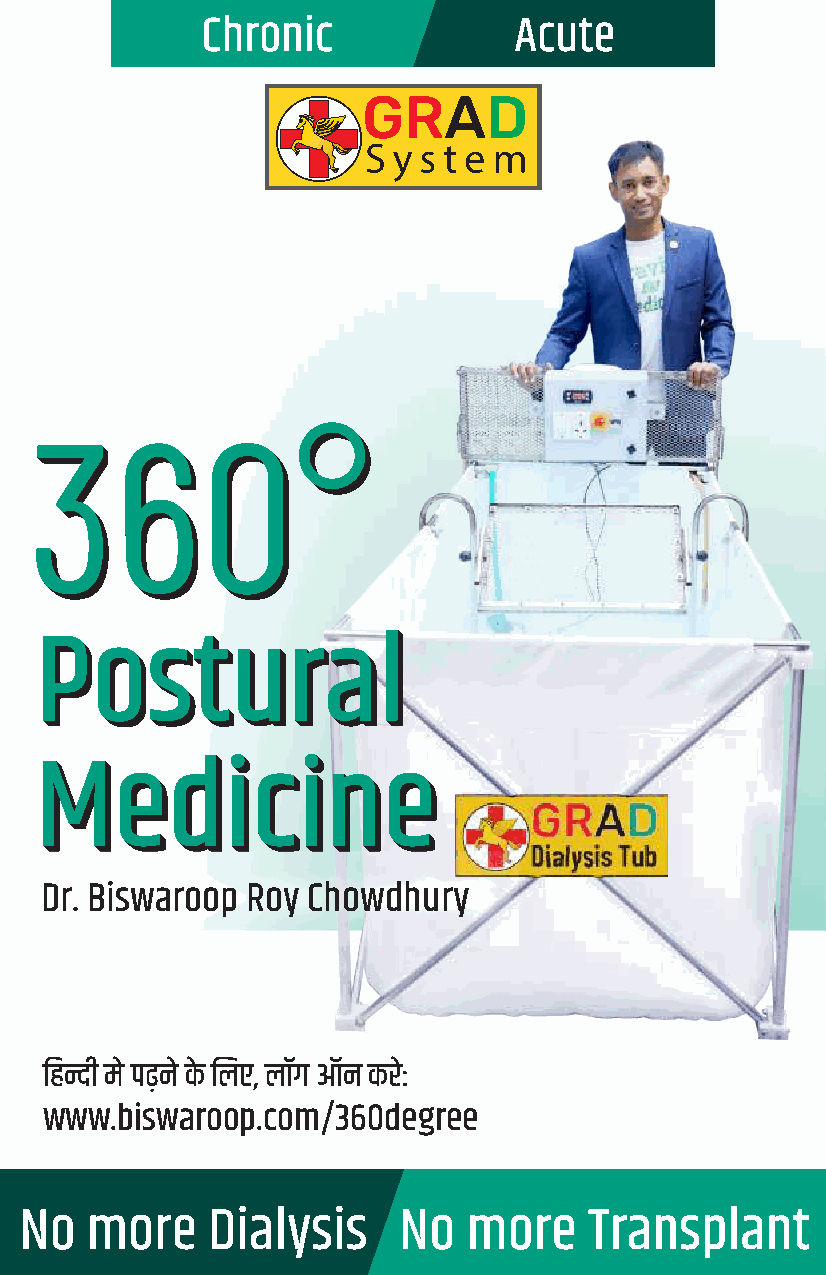
Chronic              Acute
 Dr. Biswaroop Roy Chowdhury
 ह  ी मे पढ़ने के  लए, लॉग ऑन करे:
 www.biswaroop.com/360degree
 No   more    Dialysis    No   more    Transplant